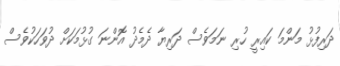
ދަރިފުޅު މަންމަ ކައިރީ ހުރި ނަމަވެސް ދަރިޔާ ދެމެދު އޮންނަ ގުޅުމަކަށް ދުވަހަކުވެސް